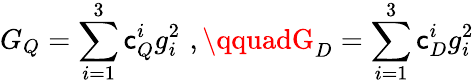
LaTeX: G_{Q}=\sum_{i=1}^{3}\mathsf{c}_{Q}^{i}g_{i}^{2}\, \, ,\qquadG_{D}=\sum_{i=1}^{3}\mathsf{c}_{D}^{i}g_{i}^{2}